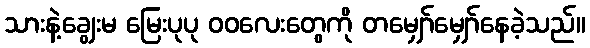
သားနဲ့ချွေးမ မြေးပုပု ဝဝလေးတွေကို တမျှော်မျှော်နေခဲ့သည်။